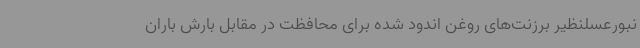
نبورعسلنظیر برزنت‌های روغن اندود شده برای محافظت در مقابل بارش باران